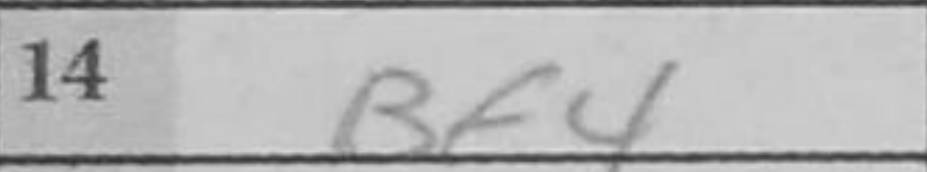
Transcription: Bf4